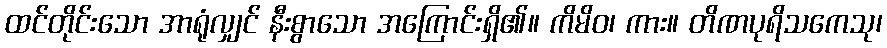
ထင်တိုင်းသော အာရုံလျှင် နီးစွာသော အကြောင်းရှိ၏။ ကိမိဝ၊ ကား။ တိဏပုရိသကေသု၊